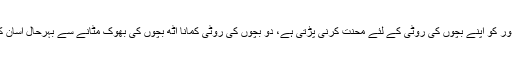
ہر مزدور کو اپنے بچوں کی روٹی کے لئے محنت کرنی پڑتی ہے، دو بچوں کی روٹی کمانا آٹھ بچوں کی بھوک مٹانے سے بہرحال آسان کام ہے۔